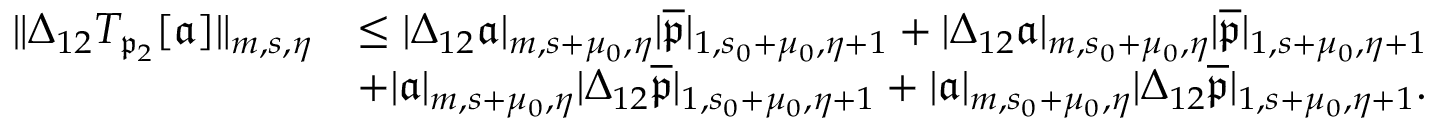
\begin{array} { r l } { \rVert \Delta _ { 1 2 } T _ { \mathfrak { p } _ { 2 } } [ \mathfrak { a } ] \rVert _ { m , s , \eta } } & { \le | \Delta _ { 1 2 } \mathfrak { a } | _ { m , s + \mu _ { 0 } , \eta } | \overline { { \mathfrak { p } } } | _ { 1 , s _ { 0 } + \mu _ { 0 } , \eta + 1 } + | \Delta _ { 1 2 } \mathfrak { a } | _ { m , s _ { 0 } + \mu _ { 0 } , \eta } | \overline { { \mathfrak { p } } } | _ { 1 , s + \mu _ { 0 } , \eta + 1 } } \\ & { + | \mathfrak { a } | _ { m , s + \mu _ { 0 } , \eta } | \Delta _ { 1 2 } \overline { { \mathfrak { p } } } | _ { 1 , s _ { 0 } + \mu _ { 0 } , \eta + 1 } + | \mathfrak { a } | _ { m , s _ { 0 } + \mu _ { 0 } , \eta } | \Delta _ { 1 2 } \overline { { \mathfrak { p } } } | _ { 1 , s + \mu _ { 0 } , \eta + 1 } . } \end{array}